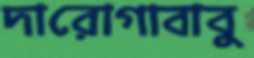
দারোগাবাবু